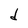
Character: d